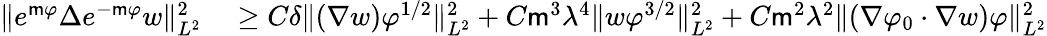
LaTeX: \begin{array}{rl}{\| e^{\mathsf{m}\varphi}\Delta e^{-\mathsf{m}\varphi}w\| _{L^{2}}^{2}}&{{}\geq C\delta\| (\nabla w)\varphi^{1/2}\| _{L^{2}}^{2}+C\mathsf{m}^{3}\lambda^{4}\| w\varphi^{3/2}\| _{L^{2}}^{2}+C\mathsf{m}^{2}\lambda^{2}\| (\nabla\varphi_{0}\cdot\nabla w)\varphi\| _{L^{2}}^{2}}\end{array}